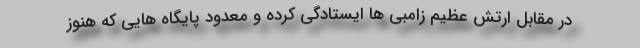
در مقابل ارتش عظیم زامبی ها ایستادگی کرده و معدود پایگاه هایی که هنوز